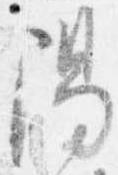
陽